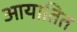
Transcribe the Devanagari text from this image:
आयातित